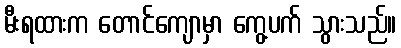
မီးရထားက တောင်ကျောမှာ ကွေ့ပက် သွားသည်။